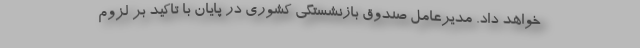
خواهد داد. مدیرعامل صندوق بازنشستگی کشوری در پایان با تاکید بر لزوم